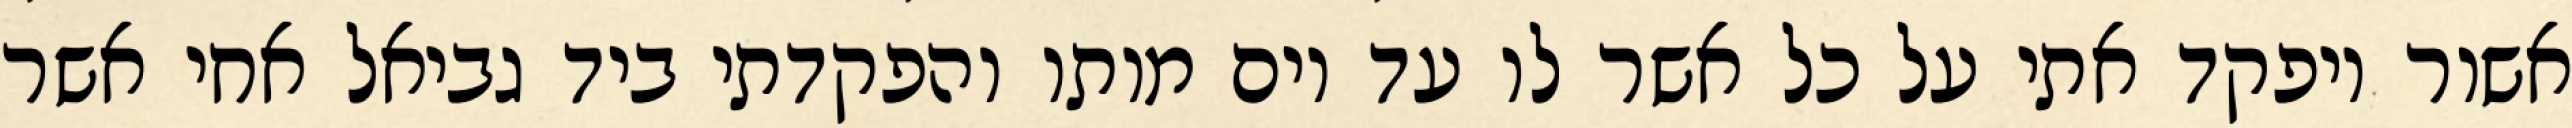
אשור ויפקד אתי על כל אשר לו עד יום מותו והפקדתי ביד גביאל אחי אשר